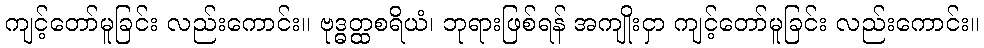
ကျင့်တော်မူခြင်း လည်းကောင်း။ ဗုဒ္ဓတ္ထစရိယံ၊ ဘုရားဖြစ်ရန် အကျိုးငှာ ကျင့်တော်မူခြင်း လည်းကောင်း။